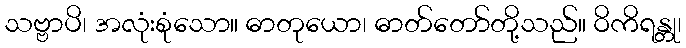
သဗ္ဗာပိ၊ အလုံးစုံသော။ ဓာတုယော၊ ဓာတ်တော်တို့သည်။ ဝိကိရန္တု၊